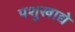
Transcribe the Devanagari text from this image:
पशुखाद्ये